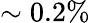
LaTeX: \sim 0.2\%